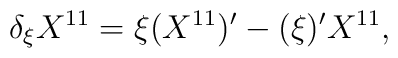
\delta_\xi X^{1 1} = \xi (X^{1 1})' - (\xi)' X^{1 1},